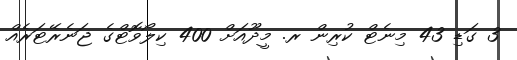
3 ގަޑި 43 މިނެޓް ކުރިން ރ. މީދޫއަށް 400 ކިލޯވޮޓްގެ ޖަނެރޭޓަރެއް